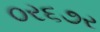
૦ર૬૭ર